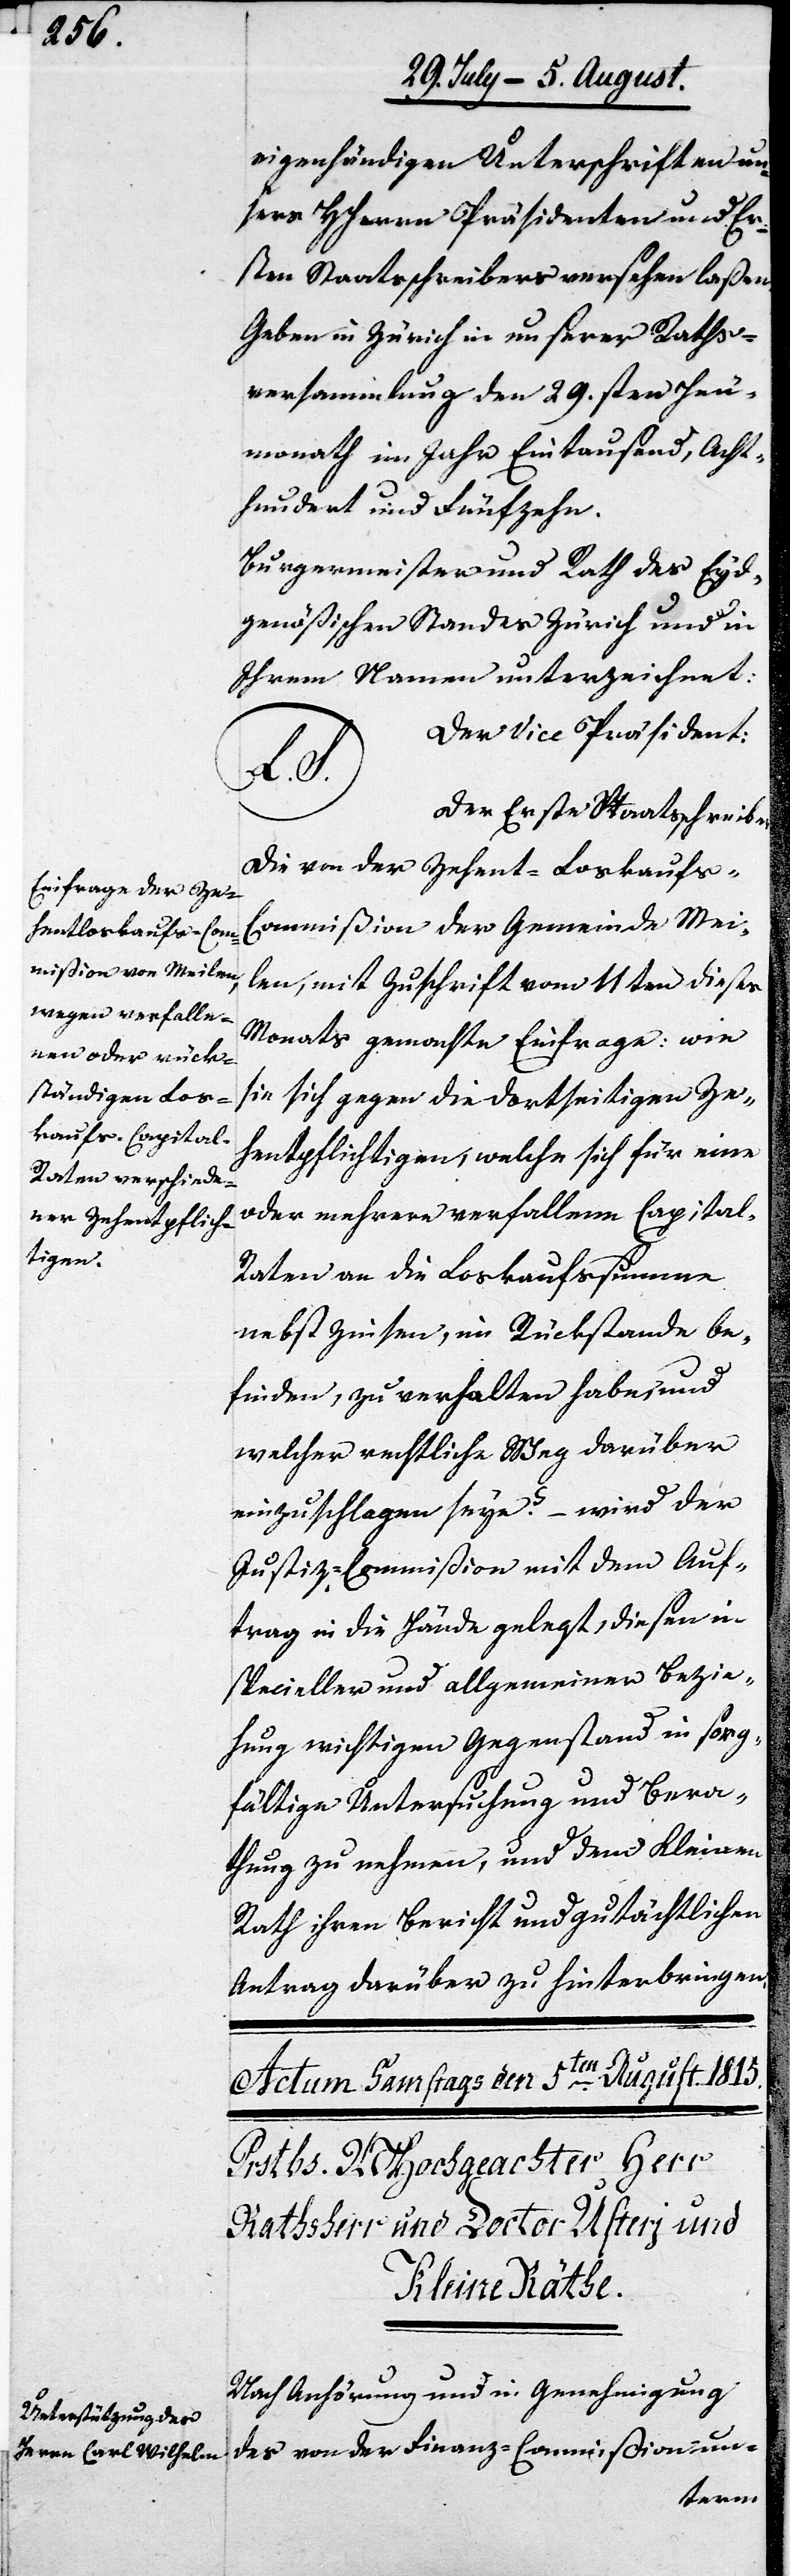
eigenhändigen Unterschriften un¬
sers HHerrn Präsidenten und er¬
sten Staatsschreibers versehen laßen.
Geben in Zürich in unserer Raths¬
versammlung den 29sten Heu¬
monath im Jahr Eintausend, Acht¬
hundert und Fünfzehn.
Burgermeister und Rath des Eyd¬
genößischen Standes Zürich und in
Ihrem Namen unterzeichnet:
Der Vice Präsident:
...
Der Erste Staatsschreibe¬
Die von der Zehent-Loskaufs-C¬
ommißion der Gemeinde Mei¬
len, mit Zuschrift vom 11ten dieses
Monats gemachte Einfrage: wie
sie sich gegen die dortigen Ze¬
hentpflichtigen, welche sich für eine
oder mehrere verfallene Capital-R¬
aten an die Loskaufssummen
nebst Zinsen, im Rückstande be¬
finden, zu verhalten habe, und
welcher rechtliche Weg darüber
einzuschlagen seye? – wird der
Justiz-Commißion mit dem Auf¬
trag in die Hände gelegt, diesen in
specieller und allgemeiner Bezie¬
hung wichtigen Gegenstand in sorg¬
fältige Untersuchung und Bera¬
thung zu nehmen, und dem Kleinen
Rath ihren Bericht und gutächtlichen
Antrag darüber zu hinterbringen.
Nach Anhörung und in Genehmigung
des von der Finanz-Commißion un-